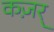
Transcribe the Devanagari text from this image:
कज़र्